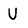
Character: U